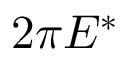
2 \pi E ^ { * }